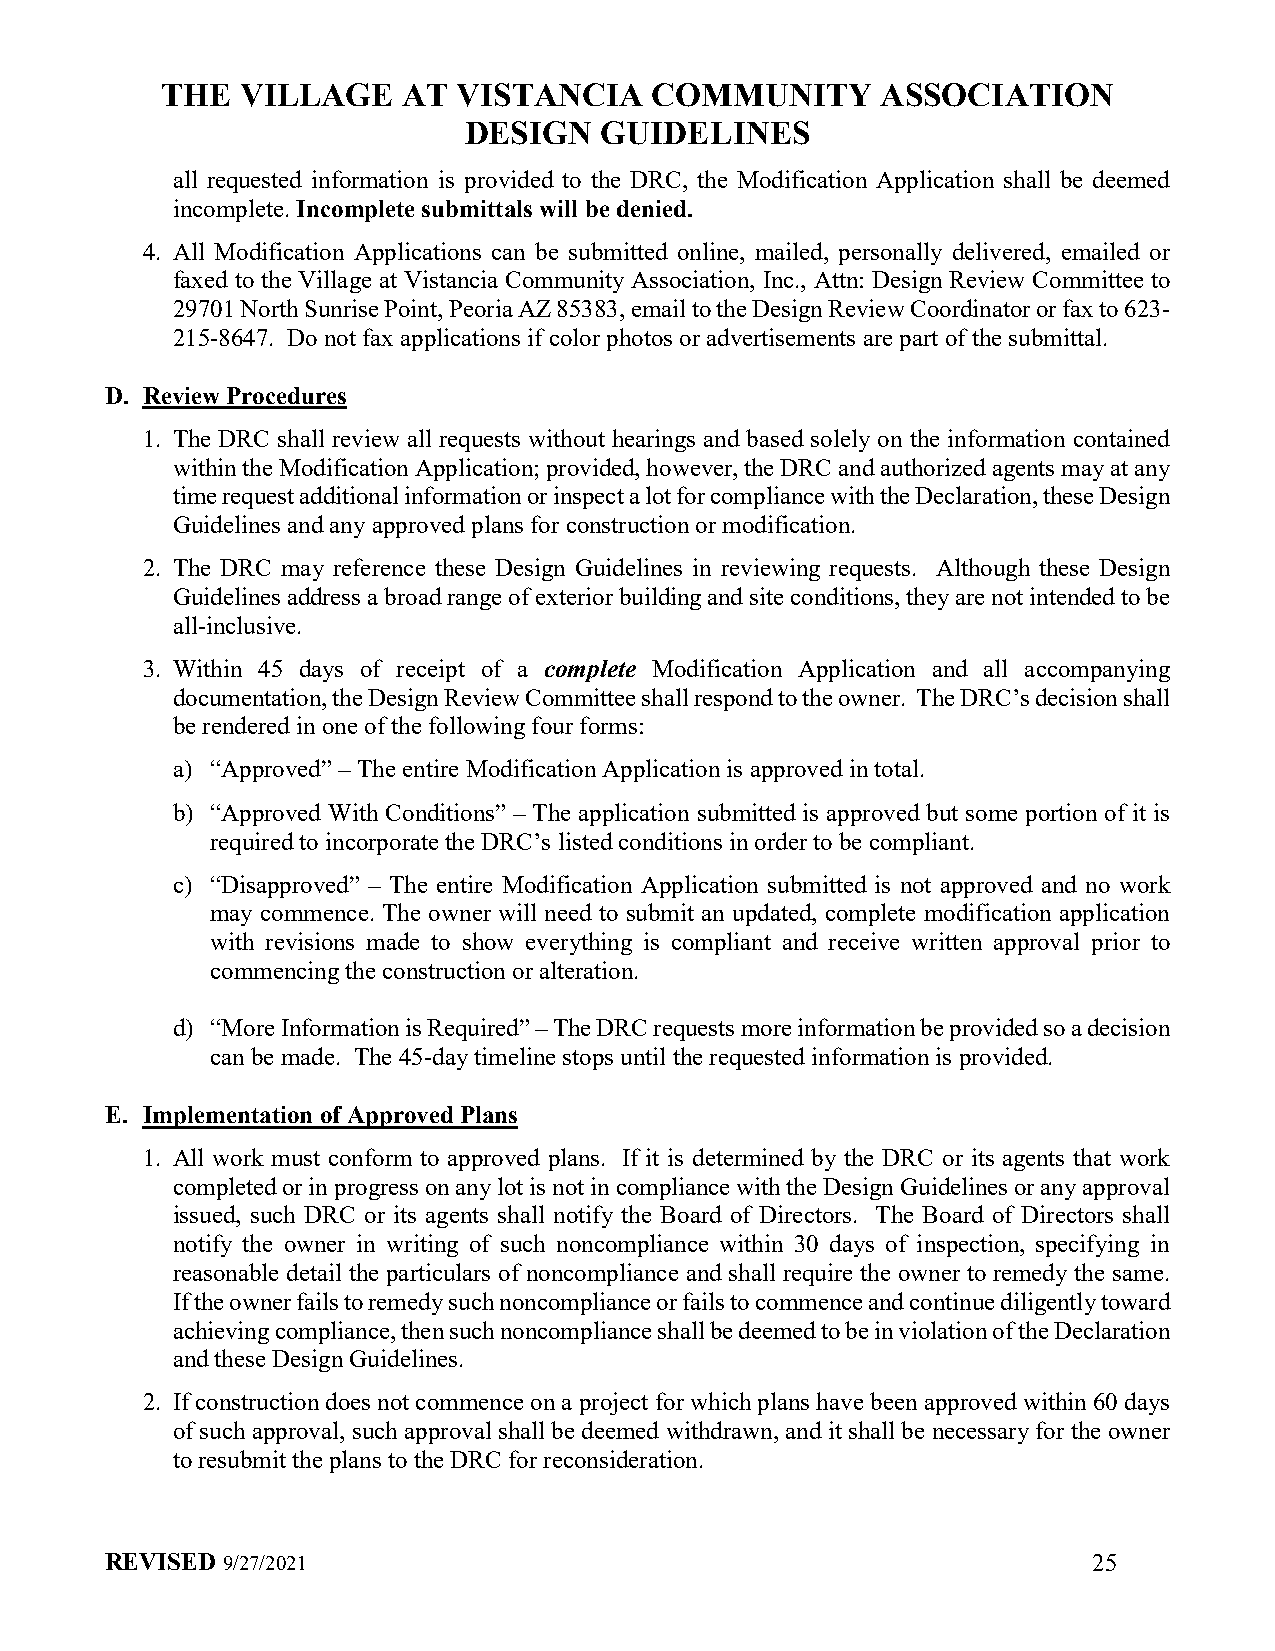
THE  VILLAGE    AT VISTANCIA    COMMUNITY      ASSOCIATION
 DESIGN   GUIDELINES
 all requested information is provided to the DRC, the Modification Application shall be deemed
 incomplete. Incomplete submittals will be denied.
 4. All Modification Applications can be submitted online, mailed, personally delivered, emailed or
 faxed to the Village at Vistancia Community Association, Inc., Attn: Design Review Committee to
 29701 North Sunrise Point, Peoria AZ 85383, email to the Design Review Coordinator or fax to 623-
 215-8647. Do not fax applications if color photos or advertisements are part of the submittal.
 D. Review Procedures
 1. The DRC shall review all requests without hearings and based solely on the information contained
 within the Modification Application; provided, however, the DRC and authorized agents may at any
 time request additional information or inspect a lot for compliance with the Declaration, these Design
 Guidelines and any approved plans for construction or modification.
 2. The DRC may reference these Design Guidelines in reviewing requests. Although these Design
 Guidelines address a broad range of exterior building and site conditions, they are not intended to be
 all-inclusive.
 3. Within 45 days of receipt of a complete Modification Application and all accompanying
 documentation, the Design Review Committee shall respond to the owner. The DRC’s decision shall
 be rendered in one of the following four forms:
 a) “Approved” – The entire Modification Application is approved in total.
 b) “Approved With Conditions” – The application submitted is approved but some portion of it is
 required to incorporate the DRC’s listed conditions in order to be compliant.
 c) “Disapproved” – The entire Modification Application submitted is not approved and no work
 may commence. The owner will need to submit an updated, complete modification application
 with revisions made to show everything is compliant and receive written approval prior to
 commencing the construction or alteration.
 d) “More Information is Required” – The DRC requests more information be provided so a decision
 can be made. The 45-day timeline stops until the requested information is provided.
 E. Implementation of Approved Plans
 1. All work must conform to approved plans. If it is determined by the DRC or its agents that work
 completed or in progress on any lot is not in compliance with the Design Guidelines or any approval
 issued, such DRC or its agents shall notify the Board of Directors. The Board of Directors shall
 notify the owner in writing of such noncompliance within 30 days of inspection, specifying in
 reasonable detail the particulars of noncompliance and shall require the owner to remedy the same.
 If the owner fails to remedy such noncompliance or fails to commence and continue diligently toward
 achieving compliance, then such noncompliance shall be deemed to be in violation of the Declaration
 and these Design Guidelines.
 2. If construction does not commence on a project for which plans have been approved within 60 days
 of such approval, such approval shall be deemed withdrawn, and it shall be necessary for the owner
 to resubmit the plans to the DRC for reconsideration.
 REVISED 9/27/2021                                                25